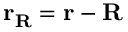
{ \bf r _ { R } } = { \bf r } - { \bf R }